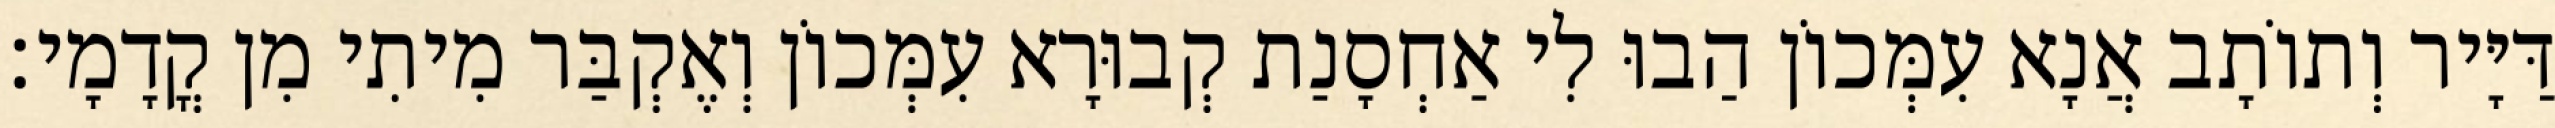
דַּיָּיר וְתוֹתָב אֲנָא עִמְּכוֹן הַבוּ לִי אַחְסָנַת קְבוּרָא עִמְּכוֹן וְאֶקְבַּר מִיתִי מִן קֳדָמָי׃